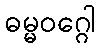
ဓမ္မဝဂ္ဂေါ